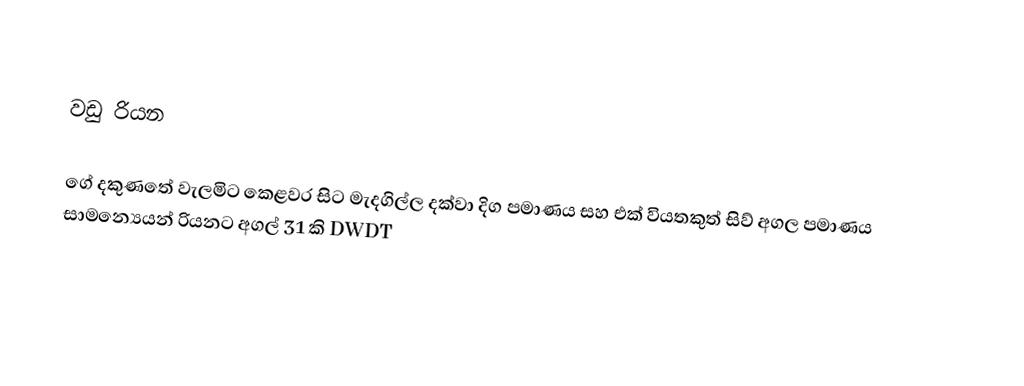

වඩු රියන

ගේ දකුණතේ වැලමිට කෙළවර සිට මැදගිල්ල දක්වා දිග පමාණය සහ එක් වියතකුත් සිව් අගල පමාණය සාමන්‍යෙයන් රියනට අගල් 31 කි DWDT